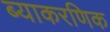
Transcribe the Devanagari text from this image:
ब्याकरणिक